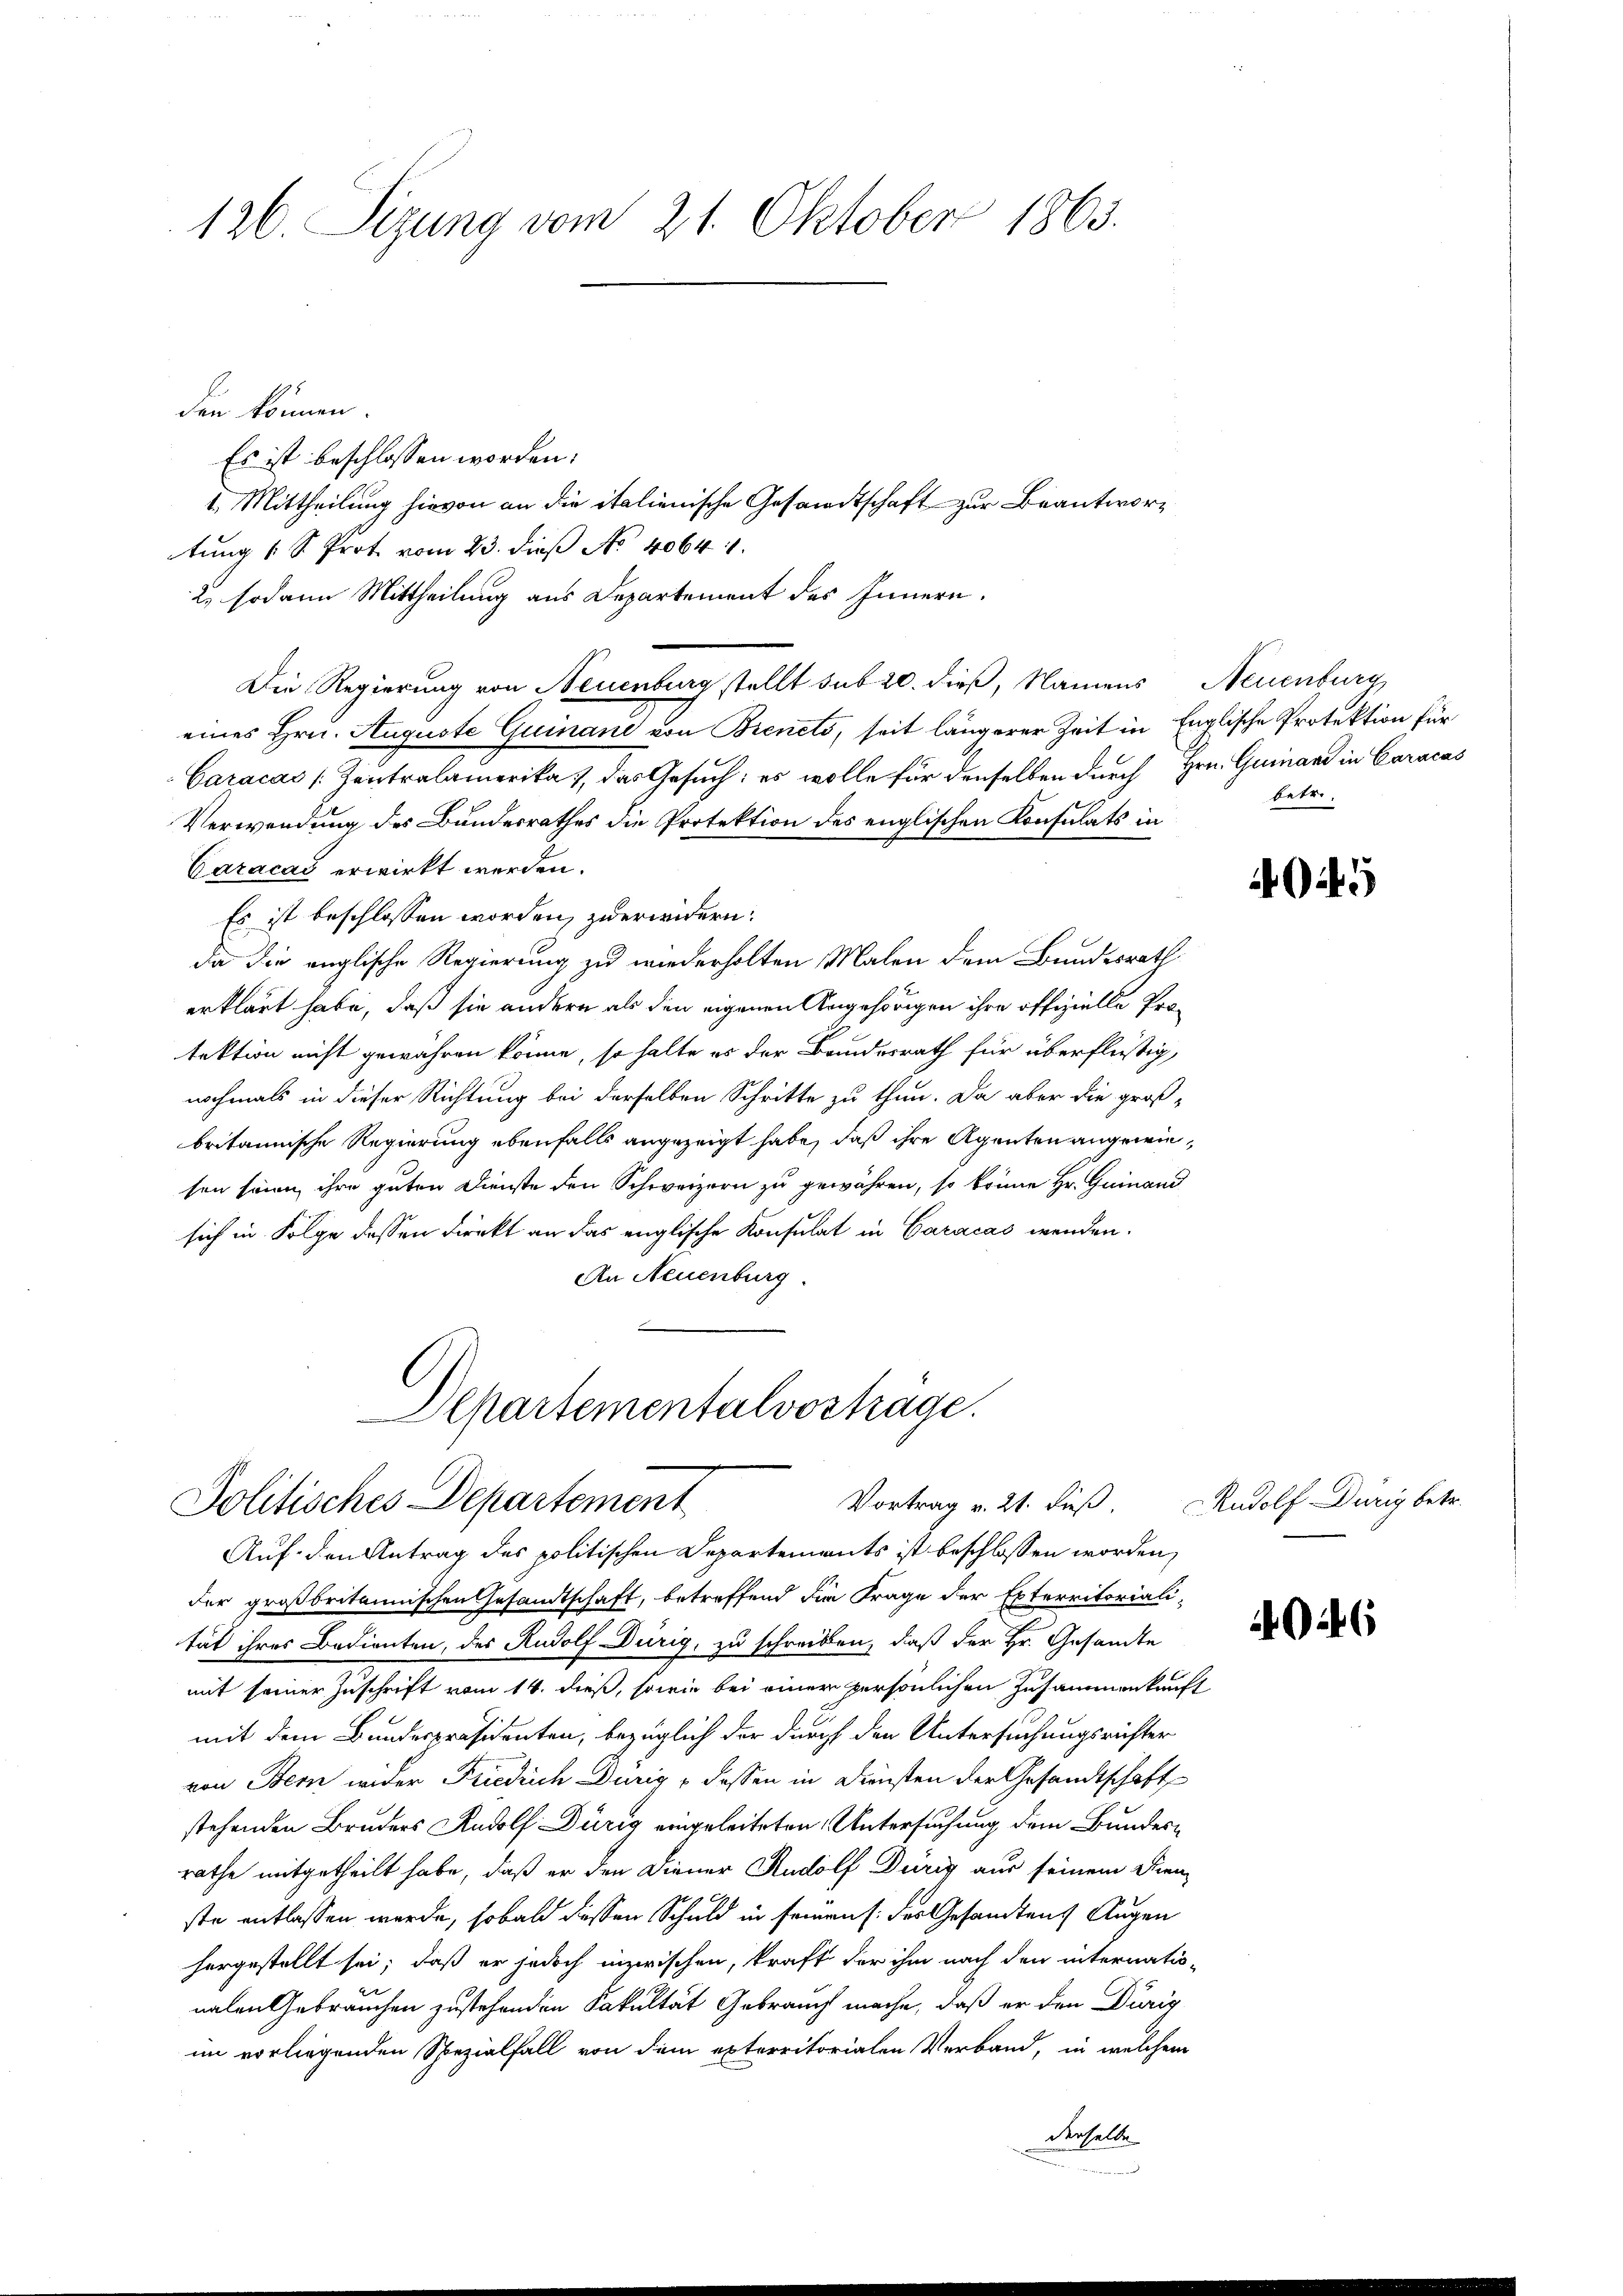
126. Sizung vom 21. Oktober 1863.

den können.
Es ist beschlossen worden:
1. Mittheilung hievon an die italienische Gesandtschaft zur Beantwortung (S. Prot vom 23. dieß No. 4064.
2. sodann Mittheilung aus Departement des Innern.
Die Regierung von Neuenburg stellt sub 20. dieß, Namens Neuenburg
eines Hrn. Auguste Guinand von Bienets, seit längerer Zeit in Englische Protektion für
Caracas [Zentralamerika, das Gesuch; es wolle für denselben durch Hrn. Guinand in Caracas
Verwendung des Bundesrathes die Protektion des englischen Konsulats in
Caracad erwirkt werden.
Es ist beschlossen worden, zu erwidern:
da die englische Regierung zu wiederholten Malen dem Bundesrath
erklärt habe, daß sie andern als den eigenen Angehörigen ihre offizielle Protektion nicht gewähren könne, so halte es der Bundesrath für überflüßig,
nochmals in dieser Richtung bei derselben Schritte zu thun. Da aber die groß-
britannische Regierung ebenfalls angezeigt habe, daß ihre Agenten angewiesen seine ihre guten Dienste den Schweizern zu gewähren, so könne Hr. Guinand
sich in Folge dessen Direkt an das englische Konsulat in Caracas wenden.
An Neuenburg.
Departementalvortage.
Vortrag v. 21. dieß. Rudolf Dürig betr.
Politisches Departement
Auf den Antrag des politischen Departements ist beschlossen worden,
der großbritannischen Gesandtschaft, betreffend die Frage der Exterritoriali-
tät ihres Bedienten, des Rudolf Dürig, zu schreiben, daß der Hr. Gesandte
mit seiner Zuschrift vom 14. dieß, sowie bei einer persönlichen Zusammenkunft
mit dem Bundespräsidenten, bezüglich der durch den Untersuchungsrichter
von Bern wider Friedrich Dürig dessen in Diensten der Gesandtschaft
stehenden Bruders Rudolf Dürig eingeleiteten Untersuchung dem Bundesrathe mitgetheilt habe, daß er den Diener Rudolf Durig aus seinem Dien
29
ste entlassen werde, sobald dessen Schuld in feinen des Gesandtens Augen
hergestellt sei; daß er jedoch inzwischen, kraft der ihm nach den internationalen Gebrauchen zustehenden Fakultät Gebrauch mache, daß er den Dürig
im vorliegenden Spezialfall von dem exterritorialen Verband, in welchem
denselbe

u

betr.

4

06